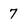
Character: 7